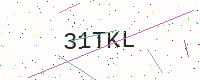
Text: 31TKL